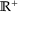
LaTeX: \mathbb { R } ^ { + }